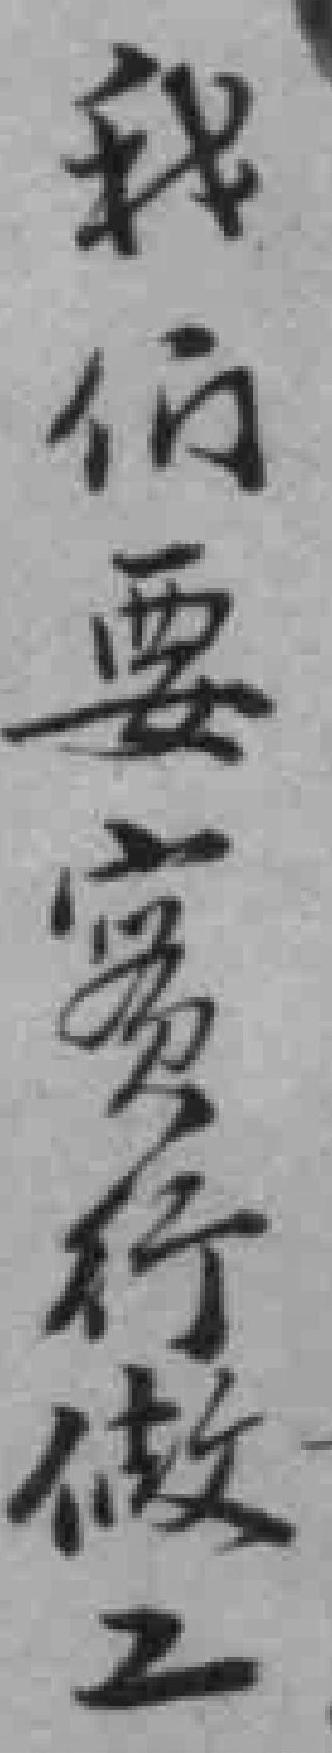
我们要實行做工